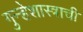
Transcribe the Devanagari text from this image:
गुन्हेशास्त्राची